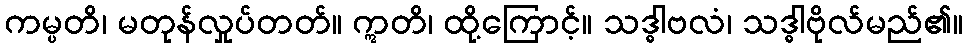
ကမ္ပတိ၊ မတုန်လှုပ်တတ်။ ဣတိ၊ ထို့ကြောင့်။ သဒ္ဓါဗလံ၊ သဒ္ဓါဗိုလ်မည်၏။